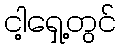
ငါ့ရှေ့တွင်